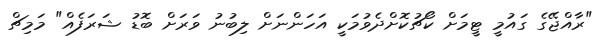
"ރާއްޖޭގެ ގައުމީ ޓީމަށް ކޯޗުކޮށްދެވުމަކީ އަހަންނަށް ލިބުނު ވަރަށް ބޮޑު ޝަރަފެއް" މަމިޗް